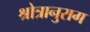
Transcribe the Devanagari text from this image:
श्रोत्रानुराग